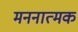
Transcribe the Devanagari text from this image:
मननात्मक